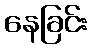
နေခြင်း